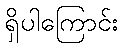
ရှိပါကြောင်း